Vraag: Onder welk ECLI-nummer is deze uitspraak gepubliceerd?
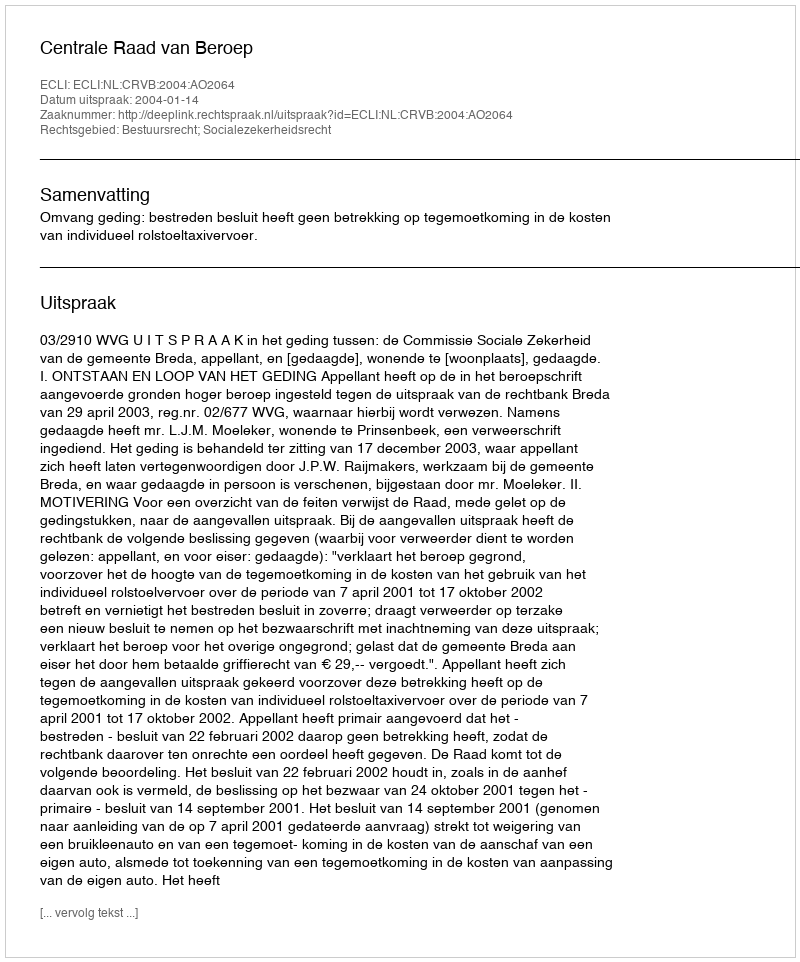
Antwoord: ECLI:NL:CRVB:2004:AO2064